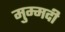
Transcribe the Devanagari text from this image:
मुम्मदी